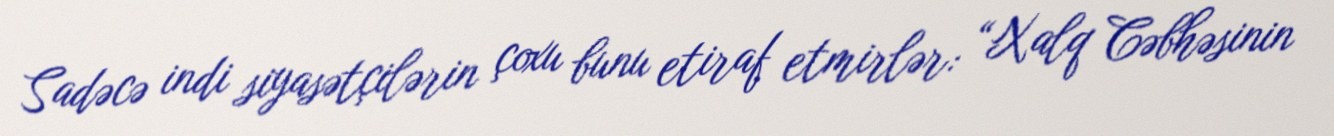
Sadəcə indi siyasətçilərin çoxu bunu etiraf etmirlər: “Xalq Cəbhəsinin